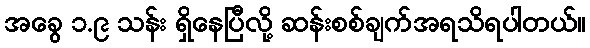
အခွေ ၁.၉ သန်း ရှိနေပြီလို့ ဆန်းစစ်ချက်အရသိရပါတယ်။